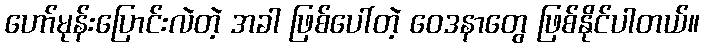
ဟော်မုန်းပြောင်းလဲတဲ့ အခါ ဖြစ်ပေါ်တဲ့ ဝေဒနာတွေ ဖြစ်နိုင်ပါတယ်။